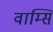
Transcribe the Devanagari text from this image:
वाम्सि